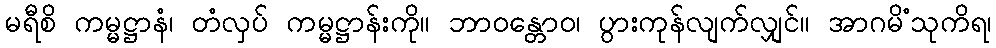
မရီစိ ကမ္မဋ္ဌာနံ၊ တံလှပ် ကမ္မဋ္ဌာန်းကို။ ဘာဝန္တောဝ၊ ပွားကုန်လျက်လျှင်။ အာဂမိံသုကိရ၊